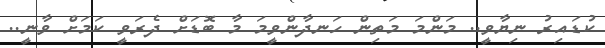
ކުޑައިރު ނިޔާވީ.. މަންމަ މަތިން ހަނދާންވީމަ މާ ބޮޑަށް ދެރަވީ ކަމަށް ވާނީ..